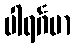
ပါရင်္ဂမာ